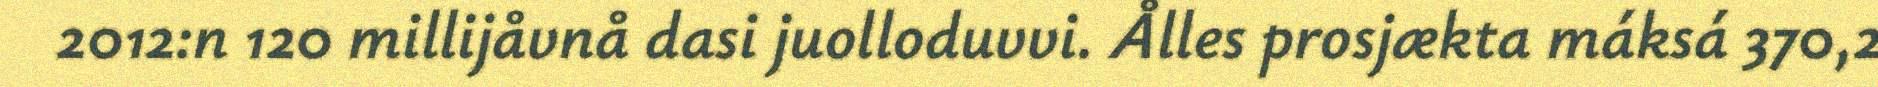
2012:n 120 millijåvnå dasi juolloduvvi. Ålles prosjækta máksá 370,2